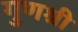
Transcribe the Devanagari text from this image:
गुणश्री